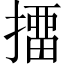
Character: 㩅